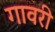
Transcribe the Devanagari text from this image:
गावरी